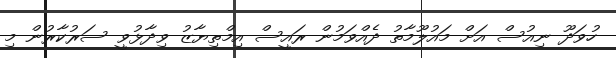
ހުވަދޫ ނިއުސް އަށް މައުލޫމާތު ދެއްވަމުން ރައީސް އިމްތިޔާޒު ވިދާޅުވީ ސަރުކާރުން މި